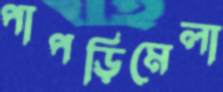
পাপড়িমেলা